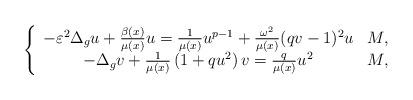
LaTeX: \begin{align*}\left\{\begin{array}[c]{cc}-\varepsilon^{2}\Delta_{{g}}u+\frac{\beta(x)}{\mu(x)}u=\frac{1}{\mu(x)}u^{p-1}+\frac{\omega^{2}}{\mu(x)}(qv-1)^{2}u & M,\\-\Delta_{g}v+\frac{1}{\mu(x)}\left( 1+qu^{2}\right) v=\frac{q}{\mu(x)}u^{2}& M,\end{array}\right. \end{align*}